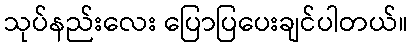
သုပ်နည်းလေး ပြောပြပေးချင်ပါတယ်။